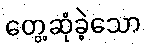
တွေ့ဆုံခဲ့သော